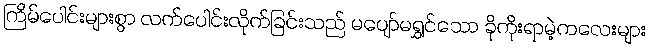
ကြိမ်ပေါင်းများစွာ လက်ပေါင်းလိုက်ခြင်းသည် မပျော်မရွှင်သော ခိုကိုးရာမဲ့ကလေးများ